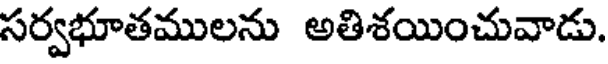
సర్వభూతములను అతిశయించువాడు.